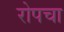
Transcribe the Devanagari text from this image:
रोपचा